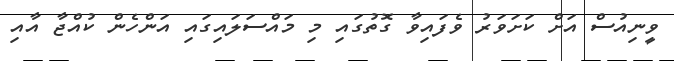
ވީނިއުސް އަށް ކަށަވަރު ވެފައިވާ ގޮތުގައި މި މައްސަލައިގައި އަންހެން ކުއްޖާ އާއި